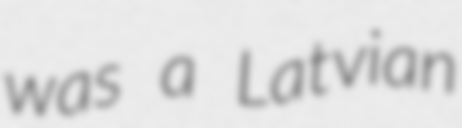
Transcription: was a Latvian